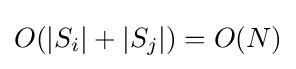
O(|S_{i}|+|S_{j}|)=O(N)